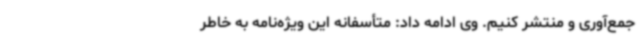
جمع‌آوری و منتشر کنیم. وی ادامه داد: متأسفانه این ویژه‌نامه به خاطر